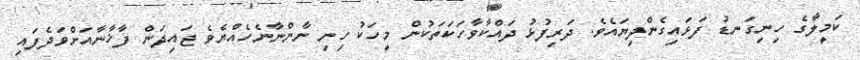
ކަމީލާގެ ހިނިގަނޑު ފަޅައިގެންދިޔައެވެ. ދަރިފުޅު ދައްކާވާހަކަތަކުން މީހަކު ހިނި ނާންނާނެހެއްޔެވެ ޖައިދަން ފާޚާނާއަށްވަދެފައި